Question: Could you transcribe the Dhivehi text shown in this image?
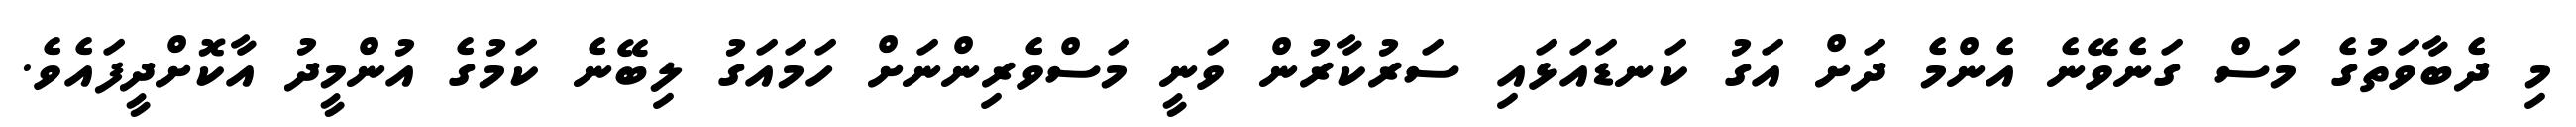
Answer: މި ދެބާވަތުގެ މަސް ގަނެވޭނެ އެންމެ ދަށް އަގު ކަނޑައަޅައި ސަރުކާރުން ވަނީ މަސްވެރިންނަށް ހަމައަގު ލިބޭނެ ކަމުގެ އުންމީދު އާކޮށްދީފައެވެ.